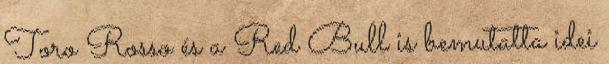
Toro Rosso és a Red Bull is bemutatta idei